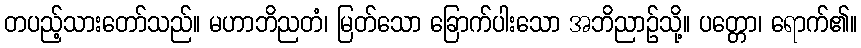
တပည့်သားတော်သည်။ မဟာဘိညတံ၊ မြတ်သော ခြောက်ပါးသော အဘိညာဉ်သို့။ ပတ္တော၊ ရောက်၏။